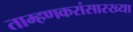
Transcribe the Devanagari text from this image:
ताम्हणकरांसारख्या